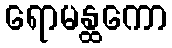
ရောမန္ထကော